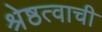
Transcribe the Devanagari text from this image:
श्रेष्ठत्वाची